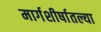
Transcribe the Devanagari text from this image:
मार्गशीर्षातल्या